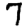
Digit: 7